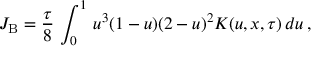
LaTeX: J _ { \mathrm { B } } = { \frac { \tau } { 8 } } \, \int _ { 0 } ^ { 1 } \, u ^ { 3 } ( 1 - u ) ( 2 - u ) ^ { 2 } K ( u , x , \tau ) \, d u \, ,